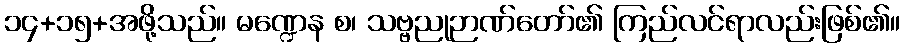
၁၄+၁၅+အဖို့သည်။ မဏ္ဍေန စ၊ သဗ္ဗညုဉာဏ်တော်၏ ကြည်လင်ရာလည်းဖြစ်၏။